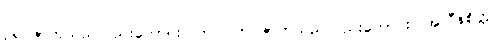
ဥရဂဇာတ်သည်လည်းကောင်း။ ဘဂ္ဂ၊ ဘဂ္ဂဇာတ်သည်လည်းကောင်း။ အလီနစိတ္တ၊